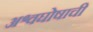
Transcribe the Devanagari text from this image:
अश्वघोषाची